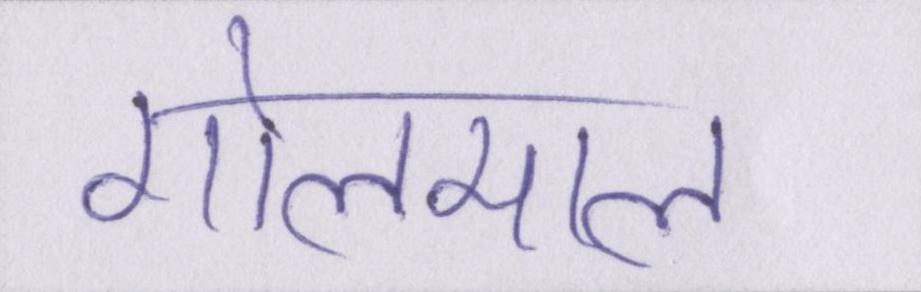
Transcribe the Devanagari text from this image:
गोलमाल